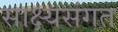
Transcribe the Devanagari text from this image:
साक्ष्यसंगत